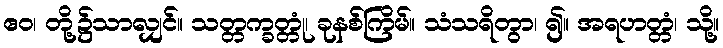
ဧဝ၊ တို့၌သာလျှင်။ သတ္တက္ခတ္တုံ၊ ခုနစ်ကြိမ်။ သံသရိတွာ၊ ၍။ အရဟတ္တံ၊ သို့။